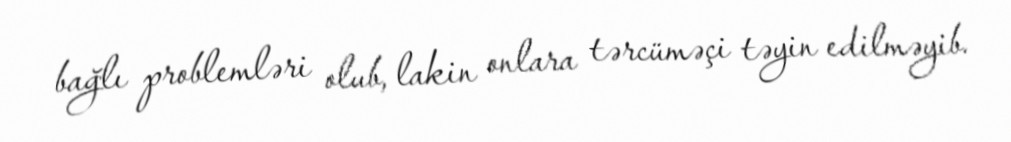
bağlı problemləri olub, lakin onlara tərcüməçi təyin edilməyib.